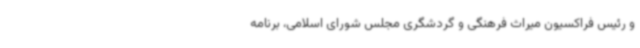
و رئیس فراکسیون میراث فرهنگی و گردشگری مجلس شورای اسلامی، برنامه